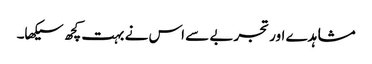
مشاہدے اور تجربے سے اس نے بہت کچھ سیکھا۔